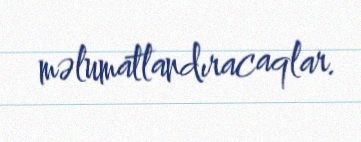
məlumatlandıracaqlar.